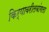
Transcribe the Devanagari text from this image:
किर्यावरीलबांगला